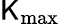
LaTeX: \mathsf{K}_{\mathrm{{max}}}